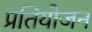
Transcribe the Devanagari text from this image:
प्रतियोजन